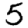
Digit: 5